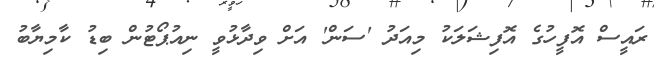
ރައީސް އޮފީހުގެ އޮފިޝަލަކު މިއަދު 'ސަން' އަށް ވިދާޅުވީ ނިއުޕޯޓުން ބިޑު ކާމިޔާބު